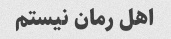
اهل رمان نیستم